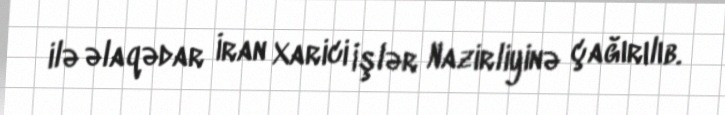
ilə əlaqədar İran Xarici İşlər Nazirliyinə çağırılıb.